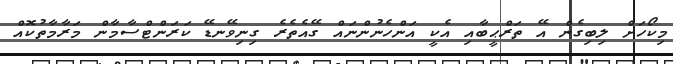
މިކޯހަށް ލިބިގެން އޭ ތަރްޙީބާއި އެކީ އަންހެނުންނައް ގޭއެތެރެ ގިނިވޭނޑޭ ކަރަންޓްސާމާން މަރާމާތުކޮއް